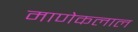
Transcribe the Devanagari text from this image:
माणेकलाल